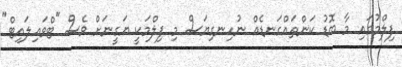
ފިލްމުގައި މާ ބޮޑު ކަންތައްގަނޑެއް ނުހިނގިޔަސް މި ފިލްމަކީ ޔަގީނަށް ވެސް "ޓްވައިލައިޓް"